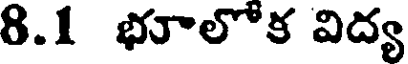
8.1 భూలోక విద్య